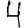
Digit: 4